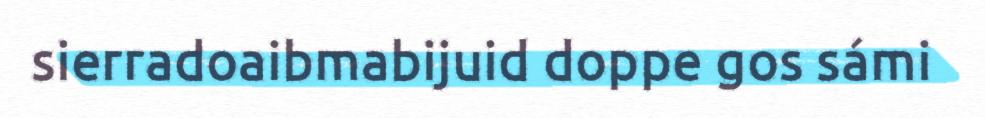
sierradoaibmabijuid doppe gos sámi